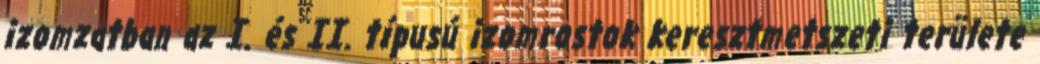
izomzatban az I. és II. típusú izomrostok keresztmetszeti területe